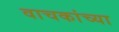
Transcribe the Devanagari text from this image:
वाचकांच्‍या